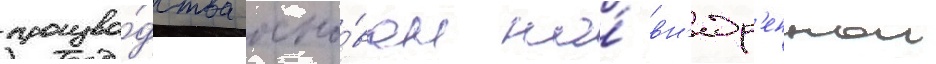
произво́дства осно́ван на́ вн'едр'еннои